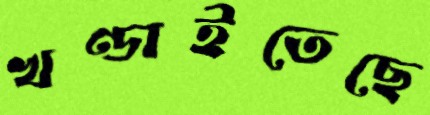
খণ্ডাইতেছে